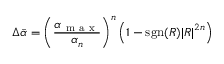
\Delta \bar { \alpha } = \left( \frac { \alpha _ { \mathrm { ~ m ~ a ~ x ~ } } } { \alpha _ { n } } \right) ^ { n } \left( 1 - \mathrm { s g n } ( R ) { \left| R \right| } ^ { 2 n } \right)